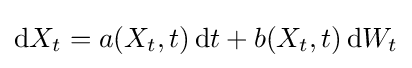
\mathrm {d} X_{t}=a(X_{t},t)\,\mathrm {d} t+b(X_{t},t)\,\mathrm {d} W_{t}